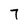
Character: 7